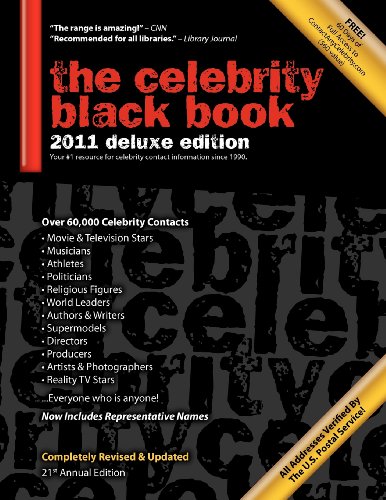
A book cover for The Celebrity Black Book 2011: Over 60,000+ Accurate Celebrity Addresses for Autographs, Charity Donations, Signed Memorabilia, Celebrity Endorsements, Media Interviews and More!; Crafts, Hobbies & Home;